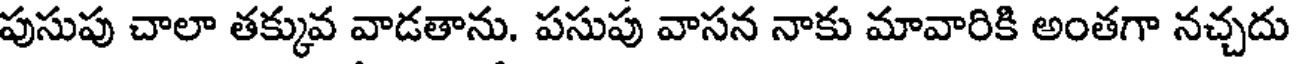
పుసుపు చాలా తక్కువ వాడతాను. పసుపు వాసన నాకు మావారికి అంతగా నచ్చదు